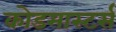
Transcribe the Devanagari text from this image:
कोडमास्टर्स